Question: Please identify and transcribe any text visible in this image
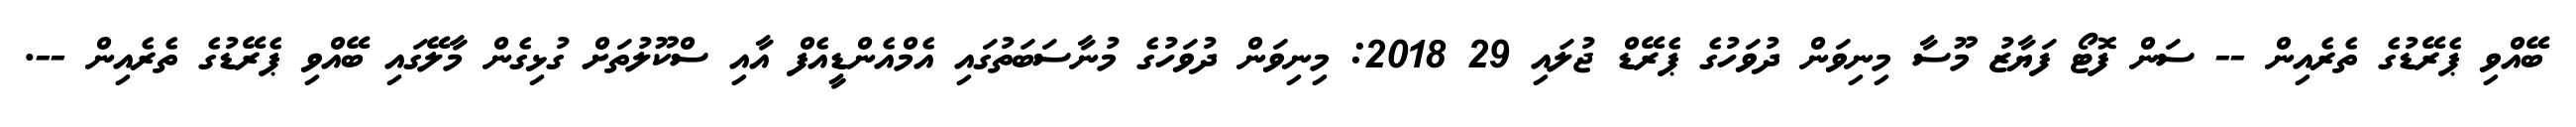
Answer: ބޭއްވި ޕެރޭޑުގެ ތެރެއިން -- ސަން ފޮޓޯ ފަޔާޒު މޫސާ މިނިވަން ދުވަހުގެ ޕެރޭޑް ޖުލައި 29 2018: މިނިވަން ދުވަހުގެ މުނާސަބަތުގައި އެމްއެންޑީއެފް އާއި ސްކޫލުތަށް ގުޅިގެން މާލޭގައި ބޭއްވި ޕެރޭޑުގެ ތެރެއިން --.